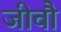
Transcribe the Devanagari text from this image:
जीवौ